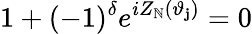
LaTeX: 1+(-1)^{\delta}e^{iZ_{\mathbb{N}}(\vartheta_{\mathbf{j}})}=0